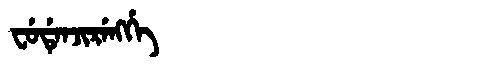
Manchu: ᠸᡠᡩᡝᠨᠵᡳᡵᡝᠩᡤᡝ
Romanization: FUDENJIRENGGE